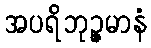
အပရိဘုဉ္ဇမာနံ